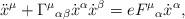
LaTeX: \begin{align*}\ddot x^\mu + {\Gamma^\mu}_{\alpha\beta} \dot x^\alpha \dot x^\beta = e {F^\mu}_\alpha \dot x^\alpha,\end{align*}